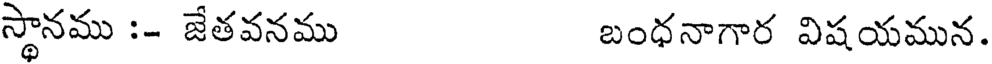
స్థానము :- జేతవనము బంధనాగార విషయమున.